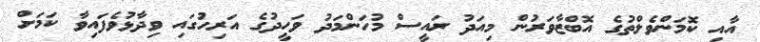
އާއި ކޮމަންވެލްތުގެ އޮބްޒާވަރުން މިއަދު ރައީސް މުހަންމަދު ވަހީދުގެ އަރިހުގައި ވިދާޅުވެފައިވާ ކަމަށް